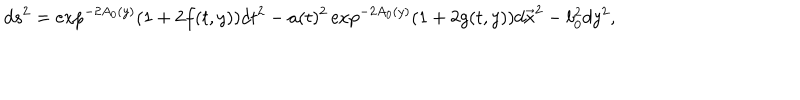
d s ^ { 2 } = \exp ^ { - 2 A _ { 0 } ( y ) } \left( 1 + 2 f ( t , y ) \right) d t ^ { 2 } - a ( t ) ^ { 2 } \exp ^ { - 2 A _ { 0 } ( y ) } \left( 1 + 2 g ( t , y ) \right) d \vec { x } ^ { 2 } - b _ { 0 } ^ { 2 } d y ^ { 2 } ,